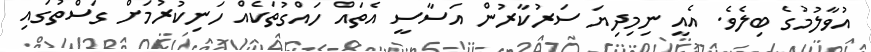
އުވާލުމުގެ ބިލެވެ. އެއީ ނިމިދިޔަ ސަރުކާރުން އަސާސީ އެތައް ހައްގުތަކެއް ހަނިކުރުމަށް ގަސްތުގައި